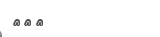
١١٩